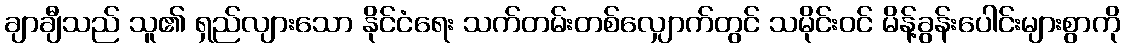
ချာချီသည် သူ၏ ရှည်လျားသော နိုင်ငံရေး သက်တမ်းတစ်လျှောက်တွင် သမိုင်းဝင် မိန့်ခွန်းပေါင်းများစွာကို